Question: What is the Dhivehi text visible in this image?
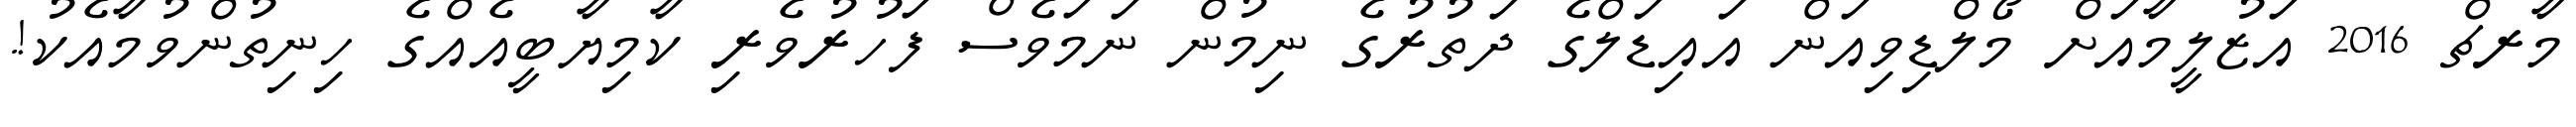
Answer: މާރޗް 2016 އަޒުލީމާއަށް މޯލްޑިވިއަން އައިޑަލްގެ ދަތުރުގެ ނިމުން ނަމަވެސް ފަހުރުވެރި ކާމިޔާބީއެއްގެ ހިނިތުންވުމާއެކު!.